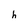
Character: h